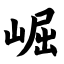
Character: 崛